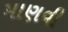
માણવી